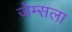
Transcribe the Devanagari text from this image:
जेम्सला